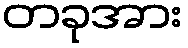
တခုအား